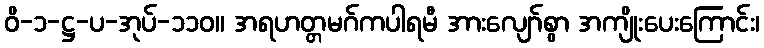
ဝိ-၁-ဋ္ဌ-ပ-အုပ်-၁၁၀။ အရဟတ္တမဂ်ကပါရမီ အားလျော်စွာ အကျိုးပေးကြောင်း၊